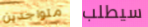
متواجدين سيطلب